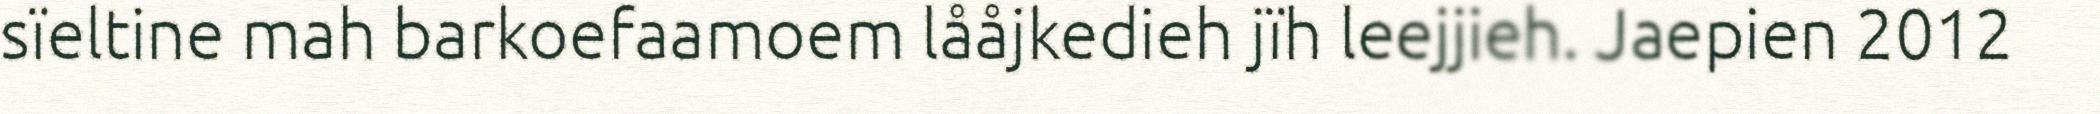
sïeltine mah barkoefaamoem lååjkedieh jïh leejjieh. Jaepien 2012